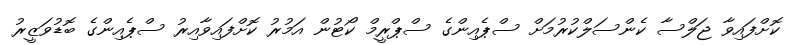
ކޮށްފައިވާ ޖަލްސާ ކެންސަލްކުރުމަށް ސްޕެއިންގެ ސްޕްރީމް ކޯޓުން އަމުރު ކޮށްފައިވާއިރު ސްޕެއިންގެ ބޮޑުވަޒީރު